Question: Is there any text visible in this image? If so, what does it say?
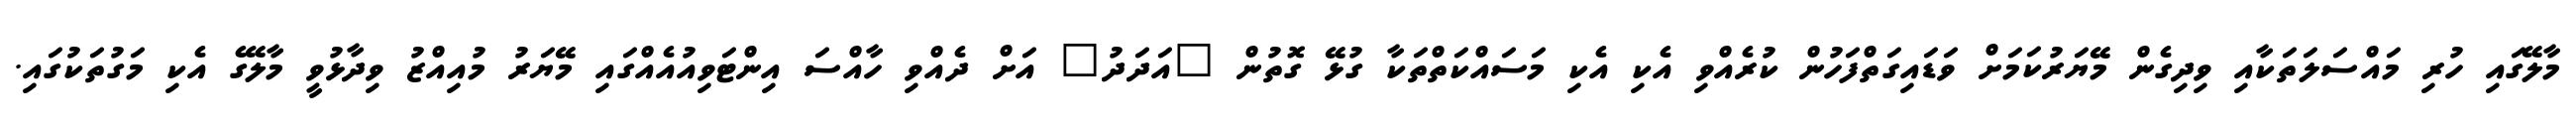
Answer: މާލޭގައި ހުރި މައްސަލަތަކާއި ވިދިގެން މޭޔަރުކަމަށް ވަޑައިގަތްފަހުން ކުރެއްވި އެކި އެކި މަސައްކަތްތަކާ ގުޅޭ ގޮތުން "އަދަދު" އަށް ދެއްވި ހާއްސަ އިންޓަވިއުއެއްގައި މޭޔަރު މުއިއްޒު ވިދާޅުވީ މާލޭގެ އެކި މަގުތަކުގައި.